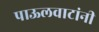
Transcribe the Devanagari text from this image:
पाऊलवाटांनी